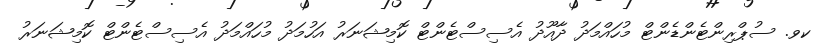
ކވ. ސުޕްރިންޓެންޑެންޓް މުހައްމަދު ދާއޫދު އެސިސްޓެންޓް ކޮމިޝަނަރު އަހުމަދު މުހައްމަދު އެސިސްޓެންޓް ކޮމިޝަނަރު